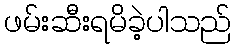
ဖမ်းဆီးရမိခဲ့ပါသည်